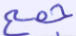
جمع